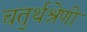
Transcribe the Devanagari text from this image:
चतुर्थश्रेणी